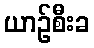
ယာဉ်စီးခ